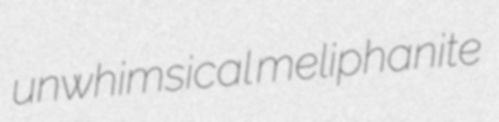
unwhimsical meliphanite